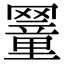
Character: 𦌜